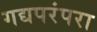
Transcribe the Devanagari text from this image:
गद्यपरंपरा